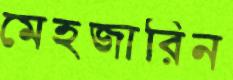
মেহজারিন